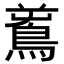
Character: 𪀝